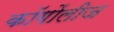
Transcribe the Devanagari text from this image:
कॉगोंलीज